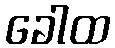
ခေါထ